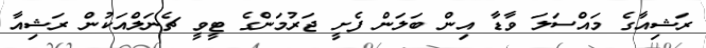
ރަޝިއާގެ މައްސަލަ ވާޑާ އިން ބަލަން ފެށީ ޖަރުމަންގެ ޓީވީ ޗެނަލްއަކުން ރަޝިއާ